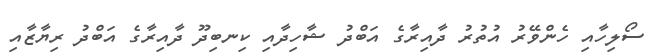
ސޯލިހާއި ހެންވޭރު އުތުރު ދާއިރާގެ އަބްދު ޝާހިދާއި ކިނބިދޫ ދާއިރާގެ އަބްދު ރިޔާޒާއި